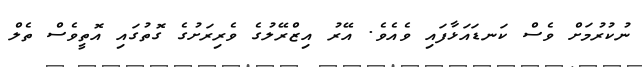
ނުކުރުމަށް ވެސް ކަނޑައަޅާފައި ވެއެވެ. އޭރު އިޒްރޭލުގެ ވެރިރަށުގެ ގޮތުގައި އޮތީވެސް ތެލް